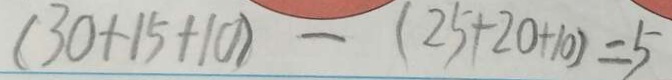
( 3 0 + 1 5 + 1 0 ) - ( 2 5 + 2 0 + 1 0 ) = 5